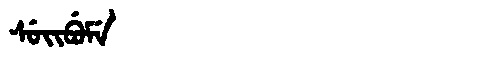
Manchu: ᠰᡠᡳᠪᡠᠮᡝ
Romanization: SUIBUME